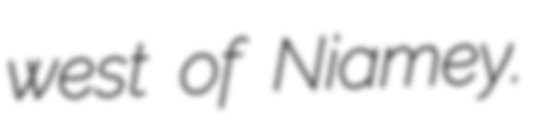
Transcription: west of Niamey.